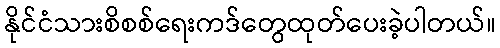
နိုင်ငံသားစိစစ်ရေးကဒ်တွေထုတ်ပေးခဲ့ပါတယ်။